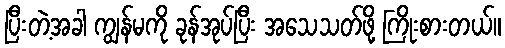
ပြီးတဲ့အခါ ကျွန်မကို ခုန်အုပ်ပြီး အသေသတ်ဖို့ ကြိုးစားတယ်။